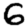
Digit: 6